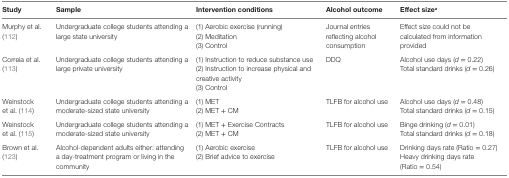
| Study | Sample | Intervention conditions | Alcohol outcome | Effect sizea |
 | --- | --- | --- | --- | --- |
 | <ROWSPAN=3> Murphy et al. (112) | <ROWSPAN=3> Undergraduate college students attending a large state university | (1) Aerobic exercise (running) | <ROWSPAN=3> Journal entries reflecting alcohol consumption | <ROWSPAN=3> Effect size could not be calculated from information provided |
 | (2) Meditation |
 | (3) Control |
 | <ROWSPAN=3> Correia et al. (113) | <ROWSPAN=3> Undergraduate college students attending a large private university | (1) Instruction to reduce substance use | <ROWSPAN=3> DDQ | Alcohol use days (d = 0.22) |
 | (2) Instruction to increase physical and creative activity | <ROWSPAN=2> Total standard drinks (d = 0.26) |
 | (3) Control |
 | <ROWSPAN=2> Weinstock et al. (114) | <ROWSPAN=2> Undergraduate college students attending a moderate-sized state university | (1) MET | <ROWSPAN=2> TLFB for alcohol use | Alcohol use days (d = 0.48) |
 | (2) MET + CM | Total standard drinks (d = 0.15) |
 | <ROWSPAN=2> Weinstock et al. (115) | <ROWSPAN=2> Undergraduate college students attending a moderate-sized state university | (1) MET + Exercise Contracts | <ROWSPAN=2> TLFB for alcohol use | Binge drinking (d = 0.01) |
 | (2) MET + CM | Total standard drinks (d = 0.18) |
 | <ROWSPAN=2> Brown et al. (123) | <ROWSPAN=2> Alcohol-dependent adults either: attending a day-treatment program or living in the community | (1) Aerobic exercise | <ROWSPAN=2> TLFB for alcohol use | Drinking days rate (Ratio = 0.27) |
 | (2) Brief advice to exercise | Heavy drinking days rate (Ratio = 0.54) |